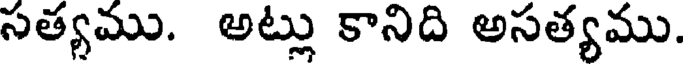
సత్యము. అట్లు కానిది అసత్యము.